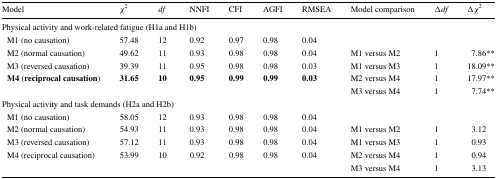
<table><thead><tr><td><b>Model</b></td><td><b><i>χ</i><sup>2</sup></b></td><td><b><i>df</i></b></td><td><b>NNFI</b></td><td><b>CFI</b></td><td><b>AGFI</b></td><td><b>RMSEA</b></td><td><b>Model comparison</b></td><td><b>Δ<i>df</i></b></td><td><b>Δ<i>χ</i><sup>2</sup></b></td></tr></thead><tbody><tr><td colspan="10">Physical activity and work-related fatigue (H1a and H1b)</td></tr><tr><td> M1 (no causation)</td><td>57.48</td><td>12</td><td>0.92</td><td>0.97</td><td>0.98</td><td>0.04</td><td>[EMPTY_CELL]</td><td>[EMPTY_CELL]</td><td>[EMPTY_CELL]</td></tr><tr><td> M2 (normal causation)</td><td>49.62</td><td>11</td><td>0.93</td><td>0.98</td><td>0.98</td><td>0.04</td><td>M1 versus M2</td><td>1</td><td>7.86**</td></tr><tr><td> M3 (reversed causation)</td><td>39.39</td><td>11</td><td>0.95</td><td>0.98</td><td>0.98</td><td>0.03</td><td>M1 versus M3</td><td>1</td><td>18.09**</td></tr><tr><td rowspan="2"> <b>M4</b> (<b>reciprocal</b><b>causation</b>)</td><td rowspan="2"><b>31.65</b></td><td rowspan="2"><b>10</b></td><td rowspan="2"><b>0.95</b></td><td rowspan="2"><b>0.99</b></td><td rowspan="2"><b>0.99</b></td><td rowspan="2"><b>0.03</b></td><td>M2 versus M4</td><td>1</td><td>17.97**</td></tr><tr><td>M3 versus M4</td><td>1</td><td>7.74**</td></tr><tr><td colspan="10">Physical activity and task demands (H2a and H2b)</td></tr><tr><td> M1 (no causation)</td><td>58.05</td><td>12</td><td>0.93</td><td>0.98</td><td>0.98</td><td>0.04</td><td>[EMPTY_CELL]</td><td>[EMPTY_CELL]</td><td>[EMPTY_CELL]</td></tr><tr><td> M2 (normal causation)</td><td>54.93</td><td>11</td><td>0.93</td><td>0.98</td><td>0.98</td><td>0.04</td><td>M1 versus M2</td><td>1</td><td>3.12</td></tr><tr><td> M3 (reversed causation)</td><td>57.12</td><td>11</td><td>0.93</td><td>0.98</td><td>0.98</td><td>0.04</td><td>M1 versus M3</td><td>1</td><td>0.93</td></tr><tr><td rowspan="2"> M4 (reciprocal causation)</td><td>53.99</td><td>10</td><td>0.92</td><td>0.98</td><td>0.98</td><td>0.04</td><td>M2 versus M4</td><td>1</td><td>0.94</td></tr><tr><td>[EMPTY_CELL]</td><td>[EMPTY_CELL]</td><td>[EMPTY_CELL]</td><td>[EMPTY_CELL]</td><td>[EMPTY_CELL]</td><td>[EMPTY_CELL]</td><td>M3 versus M4</td><td>1</td><td>3.13</td></tr></tbody></table>